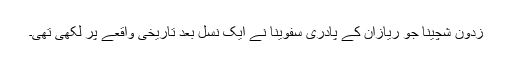
زدون شچینا جو ریازان کے پادری سفوینا نے ایک نسل بعد تاریخی واقعے پر لکھی تھی۔